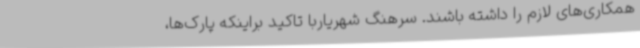
همکاری‌های لازم را داشته باشند. سرهنگ شهریاربا تاکید براینکه پارک‌ها،